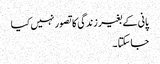
پانی کے بغیر زندگی کا تصور نہیں کیا
جاسکتا ۔